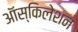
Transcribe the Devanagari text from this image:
ऑस्किलेशन